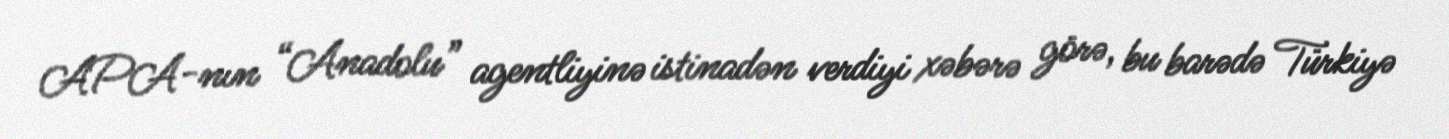
APA-nın “Anadolu” agentliyinə istinadən verdiyi xəbərə görə, bu barədə Türkiyə